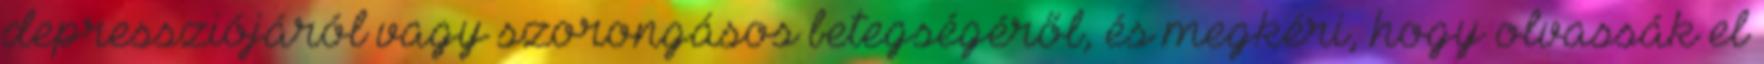
depressziójáról vagy szorongásos betegségéről, és megkéri, hogy olvassák el